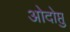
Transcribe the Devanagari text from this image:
ओदोप्तु